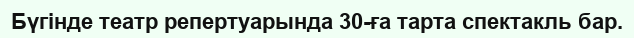
Бүгінде театр репертуарында 30-ға тарта спектакль бар.